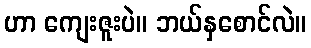
ဟာ ကျေးဇူးပဲ။ ဘယ်နှစောင်လဲ။